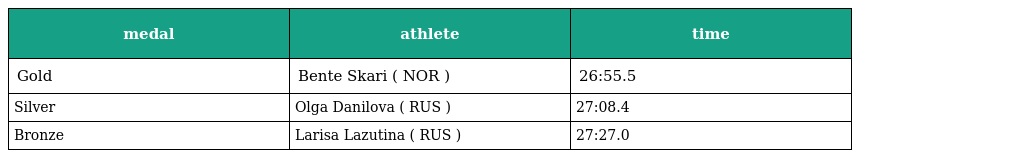
| medal | athlete | time |
 | --- | --- | --- |
 | Gold | Bente Skari ( NOR ) | 26:55.5 |
 | Silver | Olga Danilova ( RUS ) | 27:08.4 |
 | Bronze | Larisa Lazutina ( RUS ) | 27:27.0 |